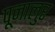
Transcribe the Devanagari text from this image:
पूनालुर